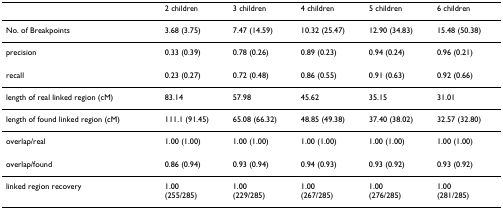
|  | 2 children | 3 children | 4 children | 5 children | 6 children |
 | --- | --- | --- | --- | --- | --- |
 | No. of Breakpoints | 3.68 (3.75) | 7.47 (14.59) | 10.32 (25.47) | 12.90 (34.83) | 15.48 (50.38) |
 | precision | 0.33 (0.39) | 0.78 (0.26) | 0.89 (0.23) | 0.94 (0.24) | 0.96 (0.21) |
 | recall | 0.23 (0.27) | 0.72 (0.48) | 0.86 (0.55) | 0.91 (0.63) | 0.92 (0.66) |
 | length of real linked region (cM) | 83.14 | 57.98 | 45.62 | 35.15 | 31.01 |
 | length of found linked region (cM) | 111.1 (91.45) | 65.08 (66.32) | 48.85 (49.38) | 37.40 (38.02) | 32.57 (32.80) |
 | overlap/real | 1.00 (1.00) | 1.00 (1.00) | 1.00 (1.00) | 1.00 (1.00) | 1.00 (1.00) |
 | overlap/found | 0.86 (0.94) | 0.93 (0.94) | 0.94 (0.93) | 0.93 (0.92) | 0.93 (0.92) |
 | linked region recovery | 1.00(255/285) | 1.00(229/285) | 1.00(267/285) | 1.00(276/285) | 1.00(281/285) |